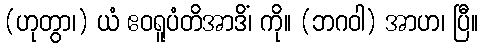
(ဟုတွာ၊) ယံ ဧဝရူပံတိအာဒိံ၊ ကို။ (ဘဂဝါ) အာဟ၊ ပြီ။